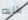
باليه